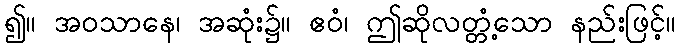
၍။ အဝသာနေ၊ အဆုံး၌။ ဧဝံ၊ ဤဆိုလတ္တံ့သော နည်းဖြင့်။